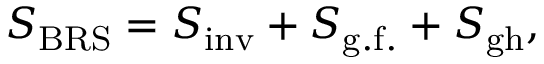
S _ { \mathrm { B R S } } = S _ { \mathrm { i n v } } + S _ { \mathrm { g . f . } } + S _ { \mathrm { g h } } ,